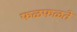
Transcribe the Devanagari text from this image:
फळफळते